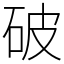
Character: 破